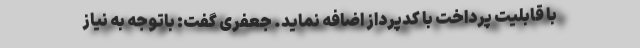
با قابلیت پرداخت با کدپرداز اضافه نماید. جعفری گفت: باتوجه به نیاز